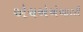
એચએએઆરટી